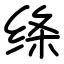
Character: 绦